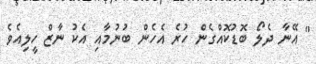
" އޭނާ ދެލޯ ބޮޑުކޮއްގެން ހުރެ އެހެން ބުނުމާއި އެކު ނާޒް ހީލިއެވެ